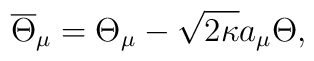
\overline{\Theta}_\mu=\Theta_\mu-\sqrt{2\kappa}a_\mu\Theta,